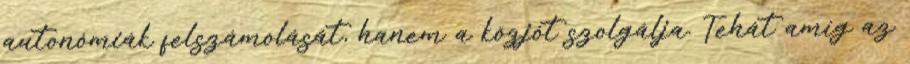
autonómiák felszámolását, hanem a közjót szolgálja. Tehát amíg az